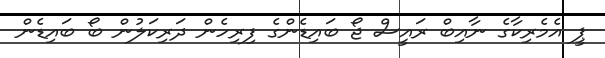
ޕީ އެމެރިކާގެ ނާއިބް ރައީސް ޖޯ ބައިޑެންގެ ފިރިހެން ދަރިކަލުން ބޯ ބައިޑެން